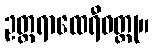
ဥတ္တရာထေရီဝတ္ထု။